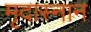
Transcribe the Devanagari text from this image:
मृदास्नान